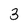
Character: 3